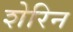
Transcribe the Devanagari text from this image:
शेरिन